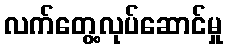
လက်တွေ့လုပ်ဆောင်မှု